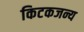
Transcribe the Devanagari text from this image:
किटकजन्य